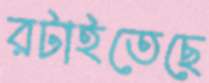
রটাইতেছে